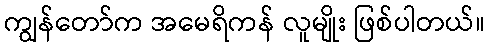
ကျွန်တော်က အမေရိကန် လူမျိုး ဖြစ်ပါတယ်။